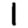
Digit: 1